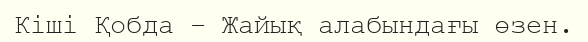
Кіші Қобда – Жайық алабындағы өзен.